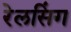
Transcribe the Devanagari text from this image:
रेलसिंग